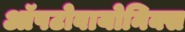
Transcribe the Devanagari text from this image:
ऑपटोवायोनिक्स